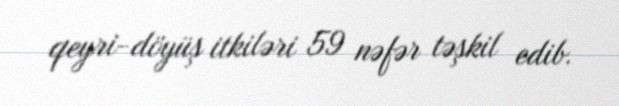
qeyri-döyüş itkiləri 59 nəfər təşkil edib.